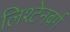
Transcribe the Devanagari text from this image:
लिश्टेनबर्ग